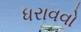
ધરાવવો